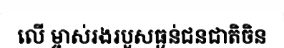
លើ ម្ចាស់រងរបួសធ្ងន់ជនជាតិចិន